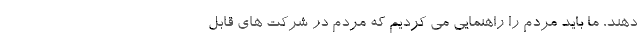
دهند، ما باید مردم را راهنمایی می کردیم که مردم در شرکت های قابل